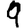
Digit: 9